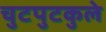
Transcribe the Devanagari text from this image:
चुटपुटकुले